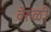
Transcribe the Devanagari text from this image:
वेरुळी